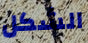
الشكل